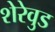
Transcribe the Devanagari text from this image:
शेरेवुड